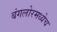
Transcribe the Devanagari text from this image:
बंगलोरमध्येच